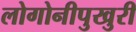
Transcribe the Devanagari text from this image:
लोगोनीपुखुरी